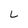
Character: L